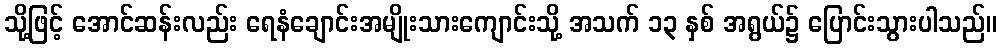
သို့ဖြင့် အောင်ဆန်းလည်း ရေနံချောင်းအမျိုးသားကျောင်းသို့ အသက် ၁၃ နှစ် အရွယ်၌ ပြောင်းသွားပါသည်။